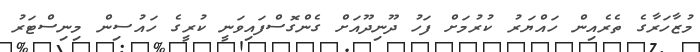
މުޒާހަރާގެ ތެރެއިން ހައްޔަރު ކުރުމަށް ފަހު ދޫނިދޫއަށް ގެންގޮސްފައިވަނީ ކުރީގެ ހައުސިން މިނިސްޓަރު